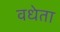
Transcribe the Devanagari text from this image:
वधेता